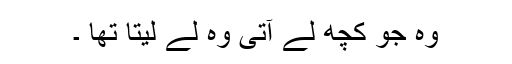
وہ جو کچھ لے آتی وہ لے لیتا تھا ۔